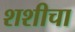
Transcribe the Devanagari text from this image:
शशीचा